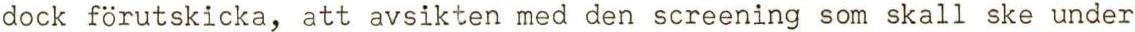
dock förutskicka, att avsikten med den screening som skall ske under